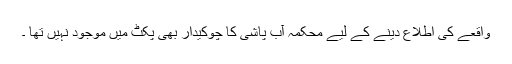
واقعے کی اطلاع دینے کے لیے محکمہ آب پاشی کا چوکیدار بھی پِکٹ میں موجود نہیں تھا ۔